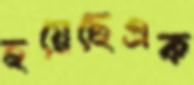
হয়েছেএক